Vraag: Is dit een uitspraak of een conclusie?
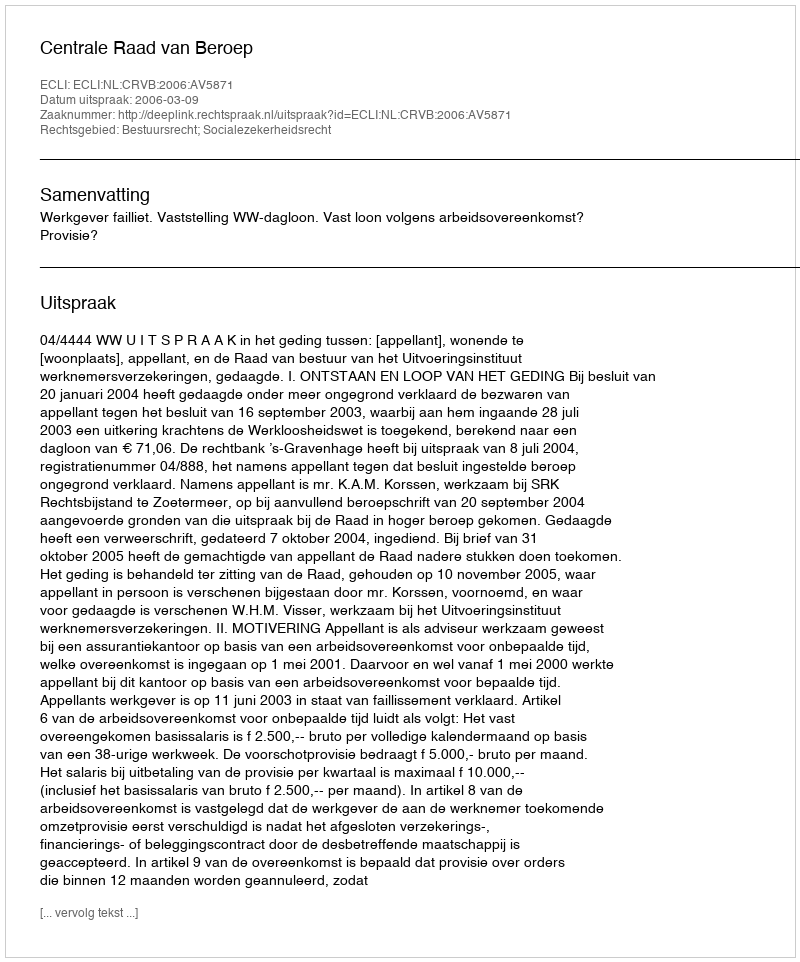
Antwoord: Uitspraak